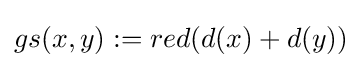
gs(x,y):=red(d(x)+d(y))